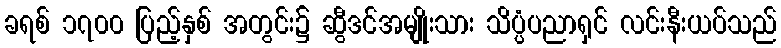
ခရစ် ၁၇၀၀ ပြည့်နှစ် အတွင်း၌ ဆွီဒင်အမျိုးသား သိပ္ပံပညာရှင် လင်းနီးယပ်သည်